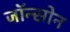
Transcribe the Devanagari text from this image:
जॉन्सोन